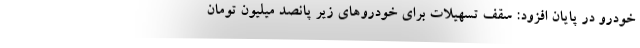
خودرو در پایان افزود: سقف تسهیلات برای خودروهای زیر پانصد میلیون تومان